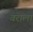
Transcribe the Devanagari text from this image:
वराला